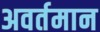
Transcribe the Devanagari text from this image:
अवर्तमान